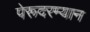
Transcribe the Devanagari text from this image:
पेरूदरम्यान